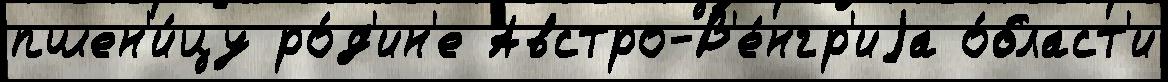
пшен'и́цу ро́д'ин'е Австро-В'е́нгр'иjа о́бласт'и